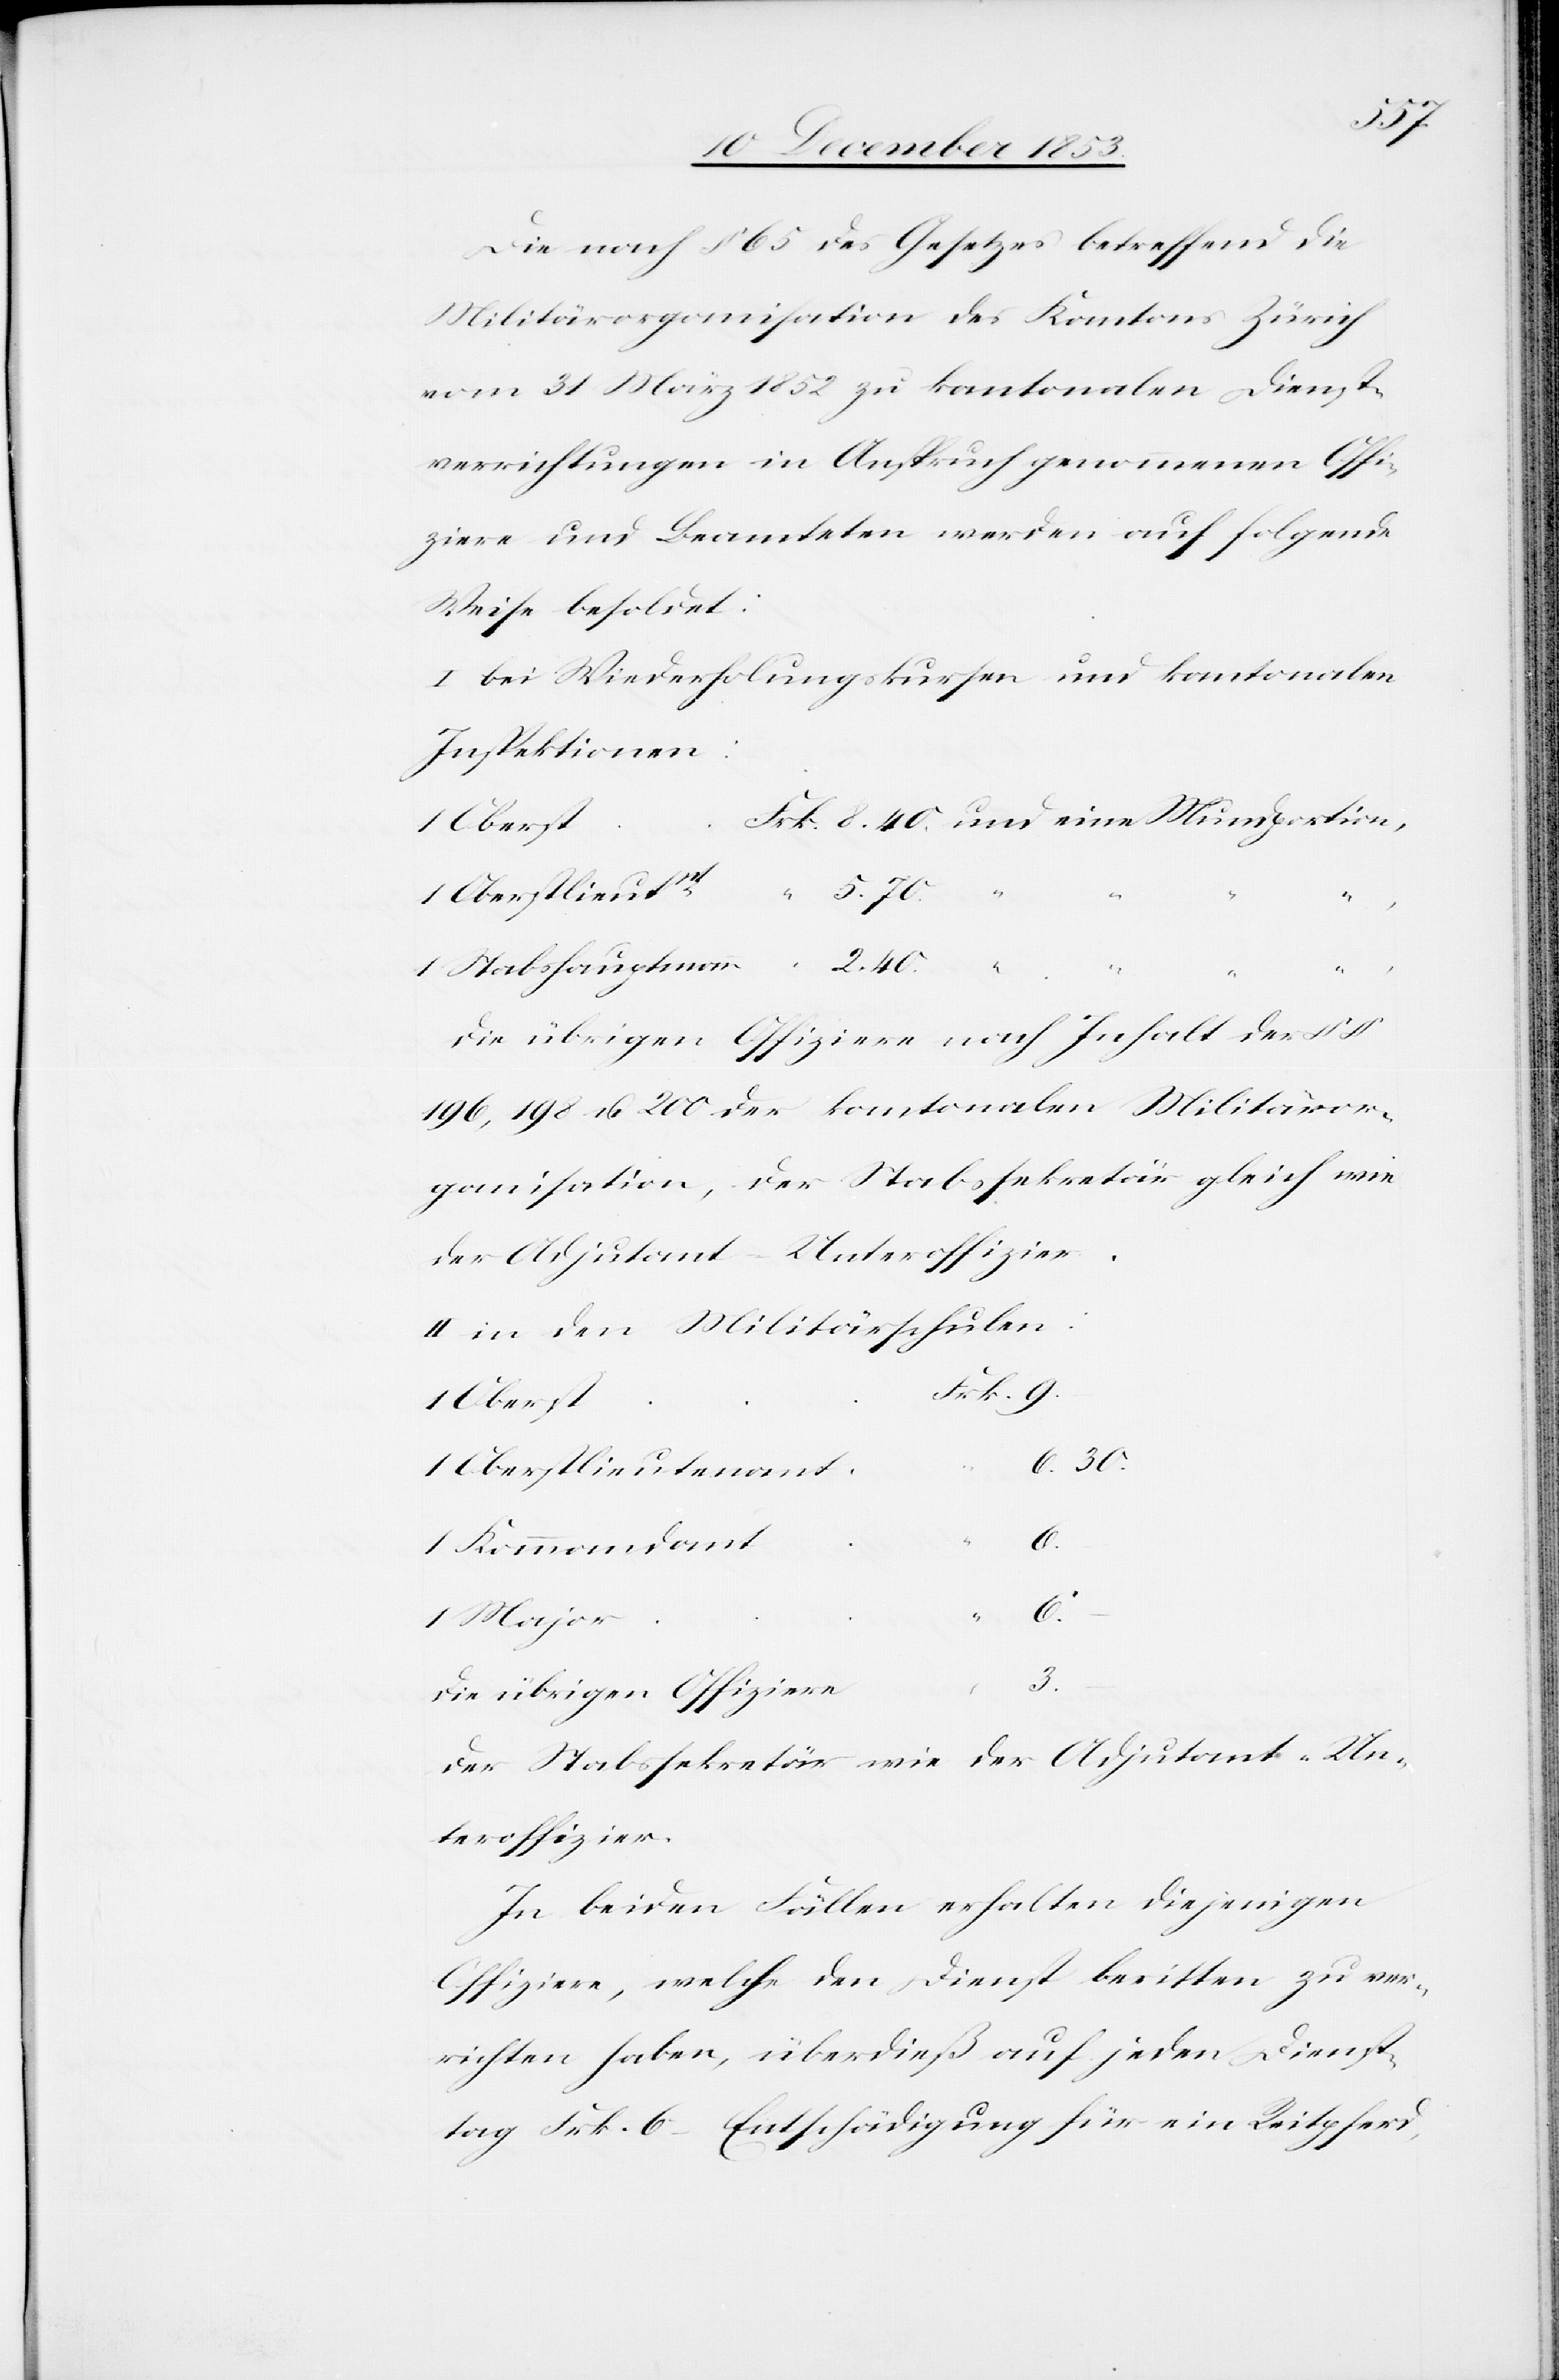
1
Die nach § 65 des Gesetzes betreffend die
Militärorganisation des Kantons Zürich
vom 31 März 1852 zu kantonalen Dienst¬
verrichtungen in Anspruch genommenen Offi¬
ziere und Beamteten werden auf folgende
Weise besoldet:
I. bei Wiederholungskursen und kantonalen
Inspektionen:
rk. 8.40. und eine Mundportisn
e	“
1 Oberstlieutnt	“	 5.70.
t		F¬
1 Stabshauptmann	“	 2.40.
Die übrigen Offiziere nach Inhalt des §
196, 198 u. 200 der kantonalen Militäror¬
ganisation, der Stabssekretär gleich wie
der Adjutant–Unteroffizier.
II. in den Militärschulen:
1 Obers¬
6.30.
6.
9.
3.
Die übrigen Offizier¬
Der Stabssekretär wie der Adjutant–Un¬
teroffizier.
In beiden Fällen erhalten diejenigen
Offiziere, welche den Dienst beritten zu ver¬
richten haben, überdieß auf jeden Dienst¬
tag Frk. 6 Entschädigung für ein Reitpferd,